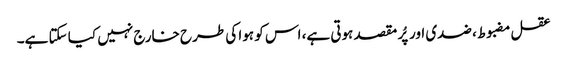
عقل مضبوط، ضدی اور پُر مقصد ہوتی ہے، اس کو ہوا کی طرح خارج نہیں کیا سکتا ہے۔